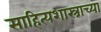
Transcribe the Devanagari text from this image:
साहित्यशास्त्राच्या